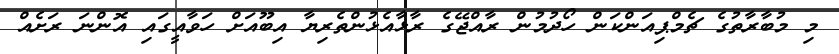
މި މުބާރާތުގެ ޗެމްޕިއަންކަން ހޯދުމުން ރާއްޖޭގެ ރާޅާއެޅުންތެރިޔާ އިބޫއަށް ހަވާއީގައި އޮންނަ ރަށެއް